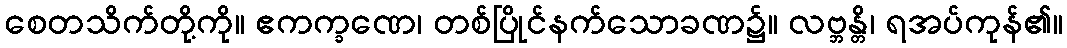
စေတသိက်တို့ကို။ ဧကက္ခဏေ၊ တစ်ပြိုင်နက်သောခဏ၌။ လဗ္ဘန္တိ၊ ရအပ်ကုန်၏။